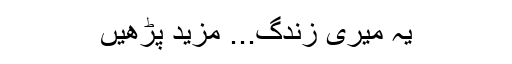
یہ میری زندگ... مزید پڑھیں